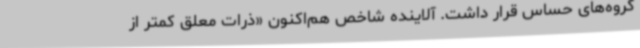
گروه‌های حساس قرار داشت. آلاینده شاخص هم‌اکنون «ذرات معلق کمتر از